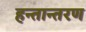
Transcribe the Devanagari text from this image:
हन्तान्तरण